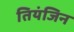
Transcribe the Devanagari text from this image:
तियंजिन